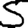
Digit: 5